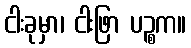
ငါးခုမှာ၊ ငါးဖြာ ပဉ္စက။